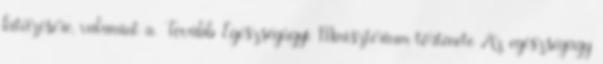
kitûzésére, valamint a. Tovább Egészségügyi Minisztérium története Az egészségügy